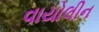
વાયોલીન